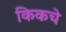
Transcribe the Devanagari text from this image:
किकचे